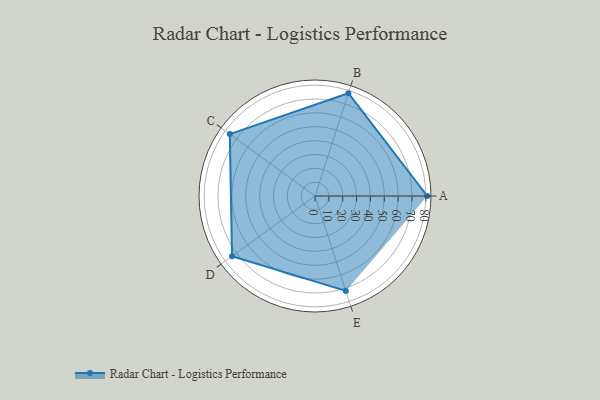
{"axis": {"x": "Skill", "y": "Score"}, "legend": ["Profile"], "data": [{"x": "A", "y": 81.0, "type": "Profile"}, {"x": "B", "y": 78.0, "type": "Profile"}, {"x": "C", "y": 76.0, "type": "Profile"}, {"x": "D", "y": 74.0, "type": "Profile"}, {"x": "E", "y": 72.0, "type": "Profile"}]}